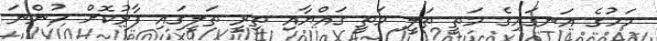
މަހުގެ އަނގައިގެ މަތީ ތަލީ މަތީ ގައްޔާއި ތިރީ ތަލީގައި ފާޅުކޮށް ހުންނަ